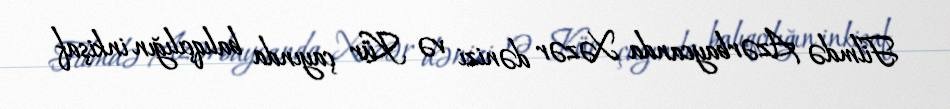
Filmdə Azərbaycanda Xəzər dənizi və Kür çayında balıqçılığın inkişaf